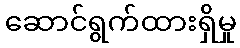
ဆောင်ရွက်ထားရှိမှု